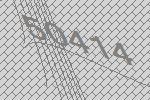
50414